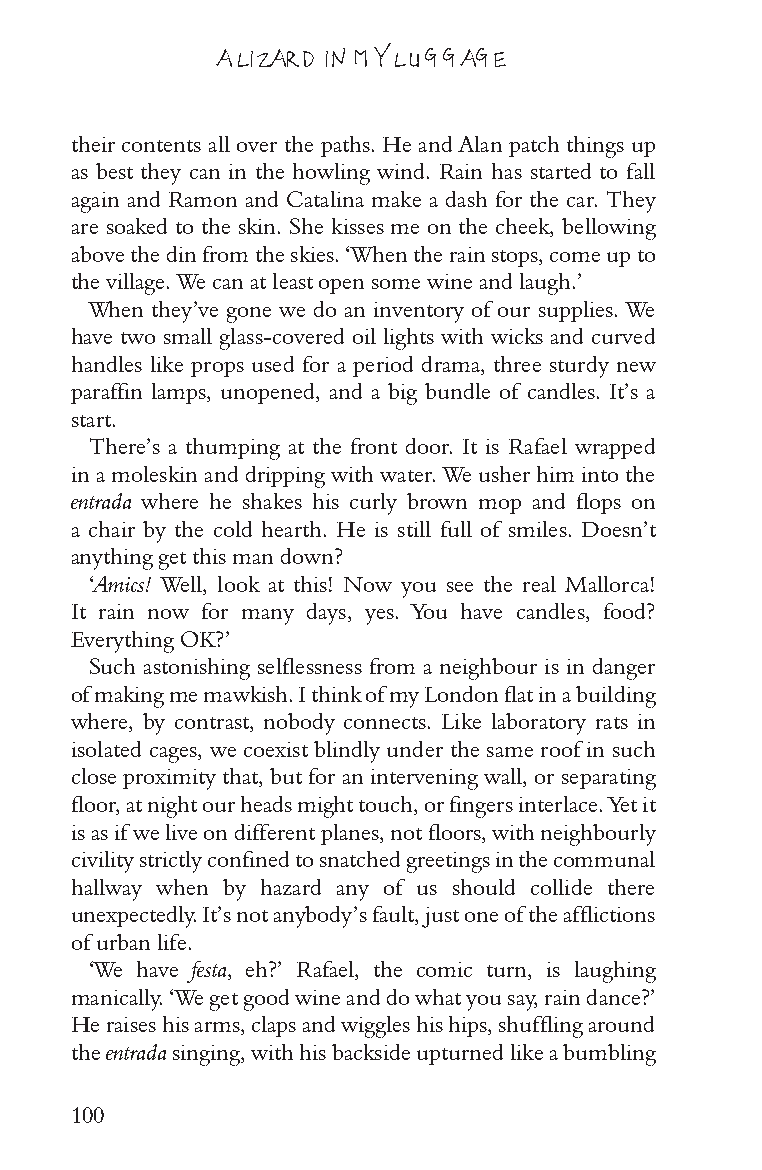
A LIZARD IN MY LUGGAGE
 their contents all over the paths. He and Alan patch things up
 as best they can in the howling wind. Rain has started to fall
 again and Ramon and Catalina make a dash for the car. They
 are soaked to the skin. She kisses me on the cheek, bellowing
 above the din from the skies. ‘When the rain stops, come up to
 the village. We can at least open some wine and laugh.’
 When they’ve gone we do an inventory of our supplies. We
 have two small glass-covered oil lights with wicks and curved
 handles like props used for a period drama, three sturdy new
 paraffin lamps, unopened, and a big bundle of candles. It’s a
 start.
 There’s a thumping at the front door. It is Rafael wrapped
 in a moleskin and dripping with water. We usher him into the
 entrada where he shakes his curly brown mop and flops on
 a chair by the cold hearth. He is still full of smiles. Doesn’t
 anything get this man down?
 ‘Amics! Well, look at this! Now you see the real Mallorca!
 It rain now for many days, yes. You have candles, food?
 Everything OK?’
 Such astonishing selflessness from a neighbour is in danger
 of making me mawkish. I think of my London flat in a building
 where, by contrast, nobody connects. Like laboratory rats in
 isolated cages, we coexist blindly under the same roof in such
 close proximity that, but for an intervening wall, or separating
 floor, at night our heads might touch, or fingers interlace. Yet it
 is as if we live on different planes, not floors, with neighbourly
 civility strictly confined to snatched greetings in the communal
 hallway when by hazard any of us should collide there
 unexpectedly. It’s not anybody’s fault, just one of the afflictions
 of urban life.
 ‘We have festa, eh?’ Rafael, the comic turn, is laughing
 manically. ‘We get good wine and do what you say, rain dance?’
 He raises his arms, claps and wiggles his hips, shuffling around
 the entrada singing, with his backside upturned like a bumbling
 100